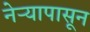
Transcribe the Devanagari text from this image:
नेऱ्यापासून